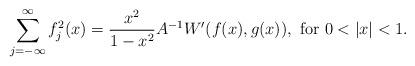
LaTeX: \begin{align*} \sum_{j=-\infty}^{\infty}f_{j}^{2}(x)=\frac{x^{2}}{1-x^{2}}A^{-1}W'(f(x),g(x)), \mbox{ for } 0<|x|<1. \end{align*}